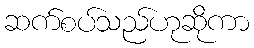
ဆက်စပ်သည်ဟုဆိုကာ